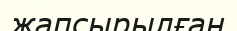
жапсырылған